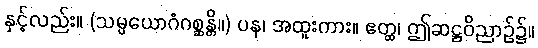
နှင့်လည်း။ (သမ္ပယောဂံဂစ္ဆန္တိ။) ပန၊ အထူးကား။ ဧတ္ထ၊ ဤဆဋ္ဌဝိညာဉ်၌။